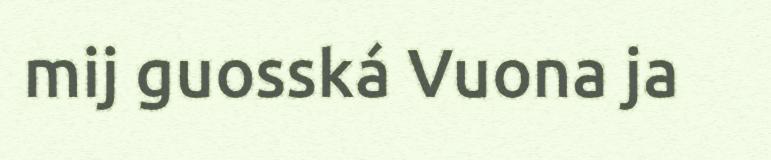
mij guosská Vuona ja